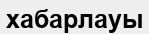
хабарлауы